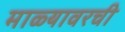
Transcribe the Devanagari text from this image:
माळ्यावरची